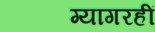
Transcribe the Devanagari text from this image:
ग्यागरहीं